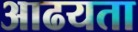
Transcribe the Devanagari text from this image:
आढयता